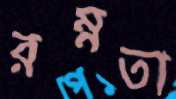
রম্নতা